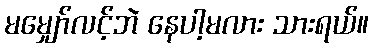
မမျှော်လင့်ဘဲ နေပါ့မလား သားရယ်။